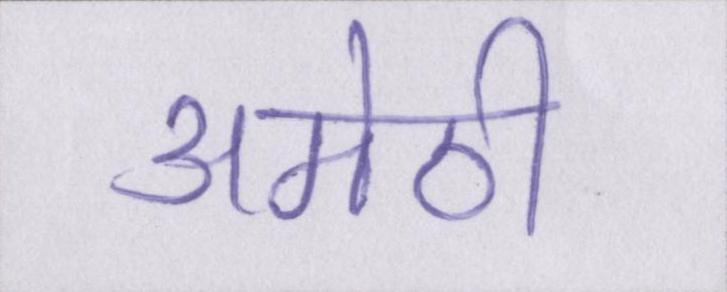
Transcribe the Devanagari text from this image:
अमेठी